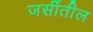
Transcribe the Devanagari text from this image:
जर्सीतील